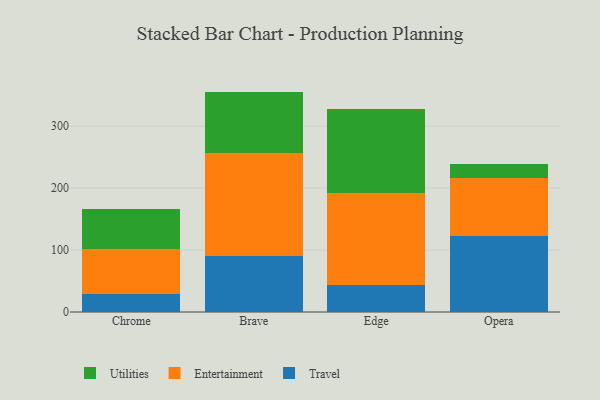
{"axis": {"x": "Browser", "y": "Satisfaction Score"}, "legend": ["Entertainment", "Travel", "Utilities"], "data": [{"x": "Chrome", "y": 29.3, "type": "Travel"}, {"x": "Chrome", "y": 71.9, "type": "Entertainment"}, {"x": "Chrome", "y": 64.5, "type": "Utilities"}, {"x": "Brave", "y": 90.0, "type": "Travel"}, {"x": "Brave", "y": 166.9, "type": "Entertainment"}, {"x": "Brave", "y": 99.0, "type": "Utilities"}, {"x": "Edge", "y": 42.9, "type": "Travel"}, {"x": "Edge", "y": 149.1, "type": "Entertainment"}, {"x": "Edge", "y": 136.2, "type": "Utilities"}, {"x": "Opera", "y": 122.4, "type": "Travel"}, {"x": "Opera", "y": 94.4, "type": "Entertainment"}, {"x": "Opera", "y": 22.9, "type": "Utilities"}]}